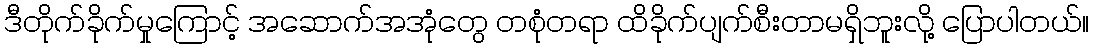
ဒီတိုက်ခိုက်မှုကြောင့် အဆောက်အအုံတွေ တစုံတရာ ထိခိုက်ပျက်စီးတာမရှိဘူးလို့ ပြောပါတယ်။